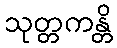
သုတ္တကန္တိ